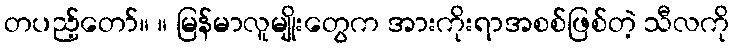
တပည့်တော်။ ။ မြန်မာလူမျိုးတွေက အားကိုးရာအစစ်ဖြစ်တဲ့ သီလကို